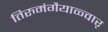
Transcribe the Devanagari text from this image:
तिरुमंगैयाळ्वार्